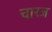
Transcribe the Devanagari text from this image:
चारज